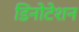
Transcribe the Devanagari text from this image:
डिनोटेशन